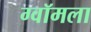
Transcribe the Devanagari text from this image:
ग्वॉमला